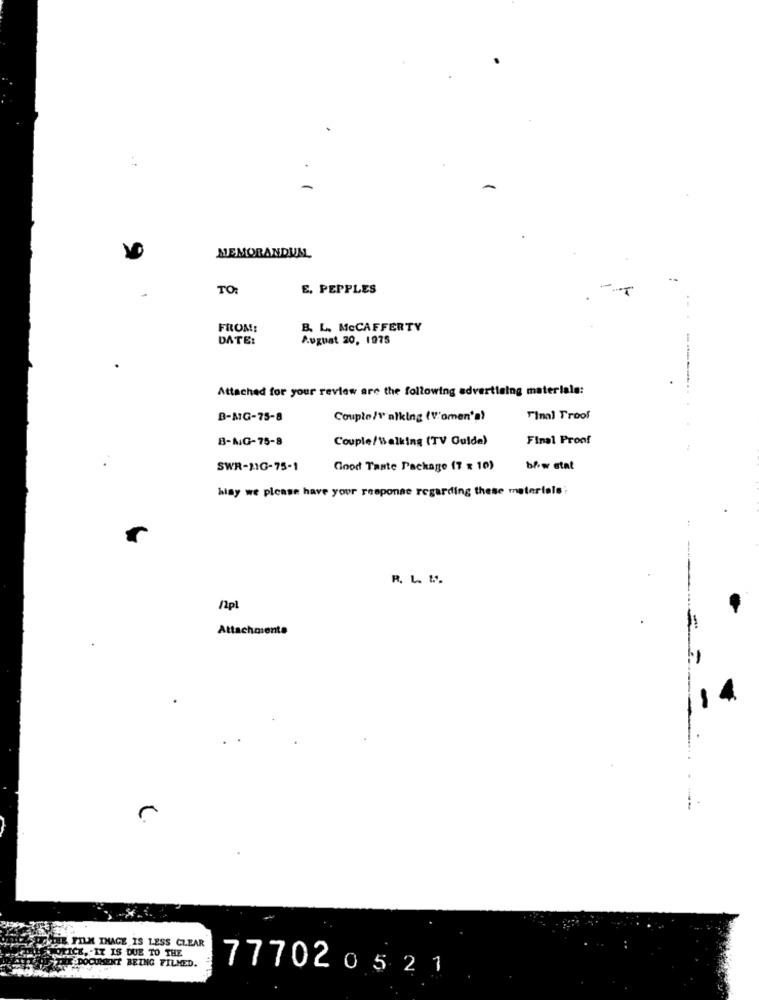
MEMORANDUM
TO:
E, PEPPLES
....
FROM:
B. L. MCCAFFERTY
DATE:
August 20, 1975
Attached for your review are the following advertising materiale:
-------
B-MG-75-8
Couple/Talking (V'omen's)
Final Troof
B-NG-75-8
Couple/Walking (TV Guide)
Final Proof
SWR-21G-75-1
Good Taste Package (7 x 10)
b&w stat
hiay we please have your response regarding these materials;
R. L. M ..
/2pl
Attachments
ICHHE FILM IMAGE IS LESS CLEAR
OFICE, IT IS DUE TO THE
TOTHE DOCUMENT BEING FILMED.
777020521